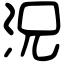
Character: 況